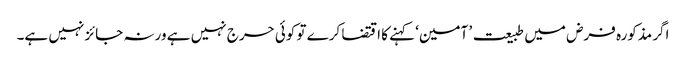
اگر مذکورہ فرض میں طبیعت ’ آمین‘ کہنے کا اقتضا کرے تو کوئی حرج نہیں ہے ورنہ جائز نہیں ہے۔